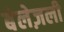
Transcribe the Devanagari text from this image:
बेलेज़ली